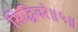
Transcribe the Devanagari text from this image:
सिद्धिवरे॥५॥